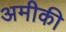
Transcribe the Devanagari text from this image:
अमीकी